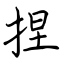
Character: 捏